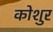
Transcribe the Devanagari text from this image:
कोशुर